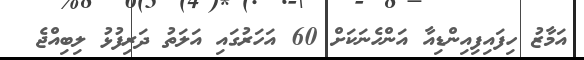
އަމާޒު ހިފައިފިއިންޑިއާ އަންހެނަކަށް 60 އަހަރުގައި އަލަތު ދަރިފުޅު ލިބިއްޖެ